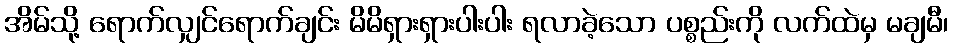
အိမ်သို့ ရောက်လျှင်ရောက်ချင်း မိမိရှားရှားပါးပါး ရလာခဲ့သော ပစ္စည်းကို လက်ထဲမှ မချမီ၊